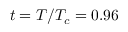
t = T / T _ { c } = 0 . 9 6